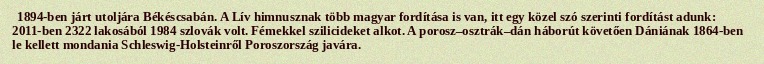
1894-ben járt utoljára Békéscsabán. A Lív himnusznak több magyar fordítása is van, itt egy közel szó szerinti fordítást adunk: 2011-ben 2322 lakosából 1984 szlovák volt. Fémekkel szilicideket alkot. A porosz–osztrák–dán háborút követően Dániának 1864-ben le kellett mondania Schleswig-Holsteinről Poroszország javára.